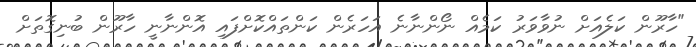
"ހާރޫން ކަލެއަށް ނުވާވަރު ކަމެއް ނޯންނާނެ އަހަރެން ކަންތައްކޮށްފައި އޮންނާނީ ހާރޫން ބުނިގޮތަށް